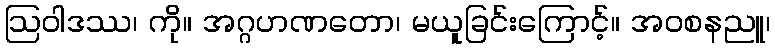
ဩဝါဒဿ၊ ကို။ အဂ္ဂဟဏတော၊ မယူခြင်းကြောင့်။ အဝစနညူ၊